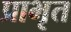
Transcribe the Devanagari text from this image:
प्राभृत